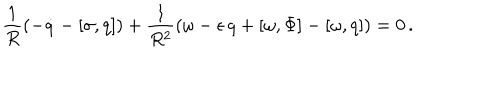
\frac { 1 } { R } ( - \dot { q } - [ \sigma , q ] ) + \frac { 1 } { R ^ { 2 } } ( \omega - \epsilon \, q + [ \omega , \Phi ] - [ \omega , q ] ) = 0 \, .